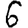
Digit: 6